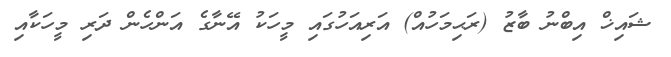
ޝައިޚް އިބްނު ބާޒު (ރަޙިމަހުއް) އަރިއަހުގައި މީހަކު އޭނާގެ އަންހެން ދަރި މީހަކާއި